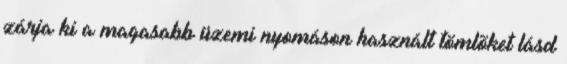
zárja ki a magasabb üzemi nyomáson használt tömlõket lásd